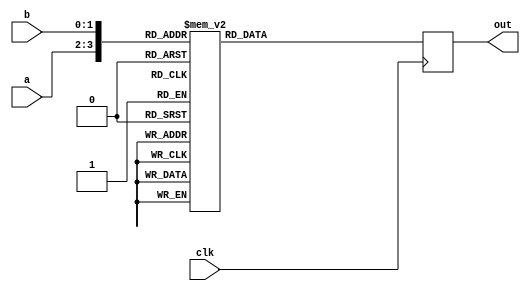
// 4x4

// 2x2
module lookup(out,a,b,clk);
    output [3:0] out;
    input [1:0] a,b;
    input clk;
    reg [3:0] out;
    reg [3:0] address;
    always @(posedge clk) begin
        address = {a,b};
        case (address)
            4'b00_00: out = 4'd0;
            4'b00_01: out = 4'd0;
            4'b00_10: out = 4'd0;
            4'b00_11: out = 4'd0;
            4'b01_00: out = 4'd0;
            4'b01_01: out = 4'd1;
            4'b01_10: out = 4'd2;
            4'b01_11: out = 4'd3;
            4'b10_00: out = 4'd0;
            4'b10_01: out = 4'd2;
            4'b10_10: out = 4'd4;
            4'b10_11: out = 4'd6;
            4'b11_00: out = 4'd0;
            4'b11_01: out = 4'd3;
            4'b11_10: out = 4'd6;
            4'b11_11: out = 4'd9;
        endcase
    end
endmodule


module mult4x4(out,a,b,clk);
    output [7:0] out;
    input [3:0] a,b;
    input clk;
    reg [7:0] out;
    reg [1:0] firsta,firstb,seconda,secondb;
    wire [3:0] outa,outb,outc,outd;

    // 25 * 34 = (2*3*100 + 2*4*10 + 5*3*10 + 5*4)
    always @(posedge clk) begin
        firsta = a[3:2]; seconda = a[1:0];
        firstb = b[3:2]; secondb = b[1:0];
    end

    lookup  m1(outa,firsta,firstb,clk),
            m2(outb,firsta,secondb,clk),
            m3(outc,seconda,firstb,clk),
            m4(outd,seconda,secondb,clk);
    
    always @(posedge clk) begin
        out = (outa << 4) + (outb << 2) + (outc << 2) + outd;
    end
    
endmodule